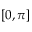
[ 0 , \pi ]